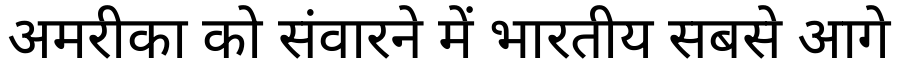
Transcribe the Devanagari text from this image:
अमरीका को संवारने में भारतीय सबसे आगे